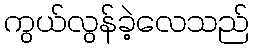
ကွယ်လွန်ခဲ့လေသည်